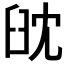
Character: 𦥟